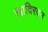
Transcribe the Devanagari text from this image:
खादिरवन